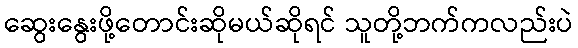
ဆွေးနွေးဖို့တောင်းဆိုမယ်ဆိုရင် သူတို့ဘက်ကလည်းပဲ